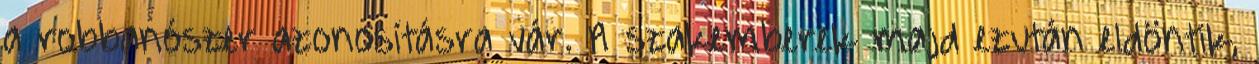
a robbanószer azonosításra vár. A szakemberek majd ezután eldöntik,